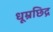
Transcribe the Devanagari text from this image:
धूम्रछिद्र